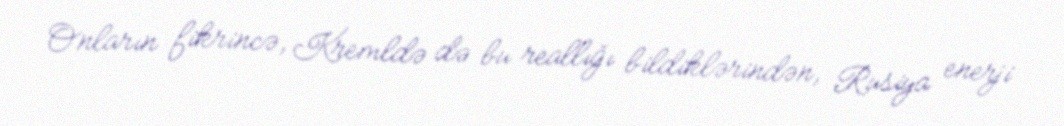
Onların fikrincə, Kremldə də bu reallığı bildiklərindən, Rusiya enerji